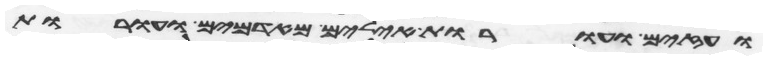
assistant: ועזים ועורות אילים מאדמים ועורות